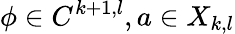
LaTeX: \phi\in C^{k+1,l},a\in X_{k,l}